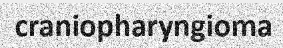
craniopharyngioma